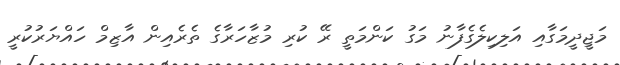
މަޖީދީމަގާއި އަލިކިލެގެފާނު މަގު ކަންމަތީ ރޭ ކުރި މުޒާހަރާގެ ތެރެއިން އާޒިމް ހައްޔަރުކުރީ